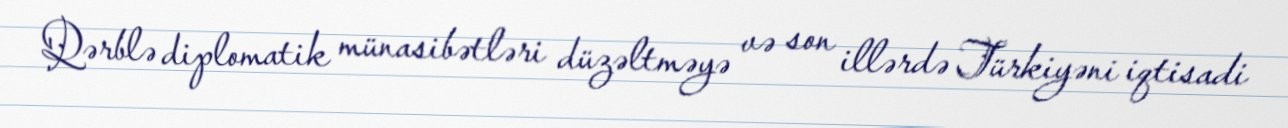
Qərblə diplomatik münasibətləri düzəltməyə və son illərdə Türkiyəni iqtisadi